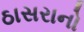
ઠાસરાનો